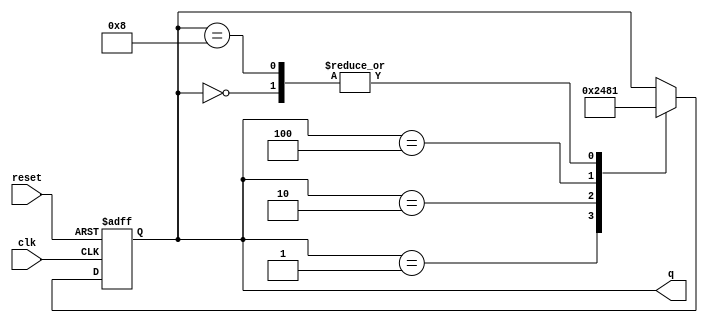
module ring_counter (
    input wire clk,  // Clock input
    input wire reset, // Reset input
    output reg [3:0] q // 4-bit counter output
);

// Internal signals
reg [3:0] next_q;

// Clock edge detection
always @(posedge clk or posedge reset) begin
    if (reset) begin
        q <= 4'b0000; // Initialize counter to 0
    end else begin
        q <= next_q; // Update counter value
    end
end

// State transition logic
always @* begin
    next_q = q;
    
    // Determine next state based on current state
    case(q)
        4'b0000: next_q = 4'b0001;
        4'b0001: next_q = 4'b0010;
        4'b0010: next_q = 4'b0100;
        4'b0100: next_q = 4'b1000;
        4'b1000: next_q = 4'b0001;
    endcase
end

endmodule